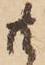
共